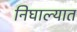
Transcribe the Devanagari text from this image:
निघाल्यात